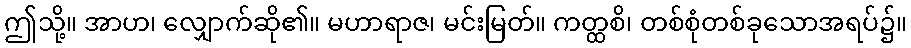
ဤသို့။ အာဟ၊ လျှောက်ဆို၏။ မဟာရာဇ၊ မင်းမြတ်။ ကတ္ထစိ၊ တစ်စုံတစ်ခုသောအရပ်၌။